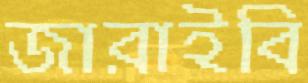
জারাইবি